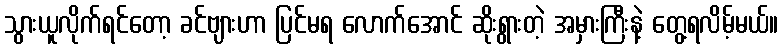
သွားယူလိုက်ရင်တော့ ခင်ဗျားဟာ ပြင်မရ လောက်အောင် ဆိုးရွားတဲ့ အမှားကြီးနဲ့ တွေ့ရလိမ့်မယ်။